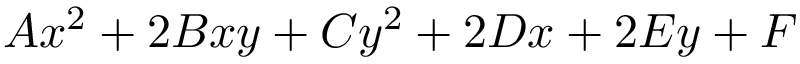
A x ^ { 2 } + 2 B x y + C y ^ { 2 } + 2 D x + 2 E y + F